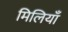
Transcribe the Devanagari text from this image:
मिलियाँ